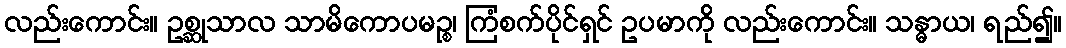
လည်းကောင်း။ ဥစ္ဆုသာလ သာမိကောပမဉ္စ၊ ကြံစက်ပိုင်ရှင် ဥပမာကို လည်းကောင်း။ သန္ဓာယ၊ ရည်၍။